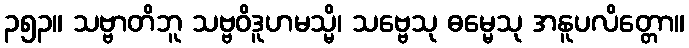
၃၅၃။ သဗ္ဗာတိဘူ သဗ္ဗဝိဒူဟမသ္မိ၊ သဗ္ဗေသု ဓမ္မေသု အနူပလိတ္တော။